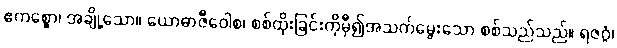
ဧကစ္စော၊ အချို့သော။ ယောဓာဇီဝေါစ၊ စစ်ထိုးခြင်းကိုမှီ၍အသက်မွေးသော စစ်သည်သည်။ ရဇဂ္ဂံ၊